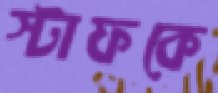
স্টাফকে